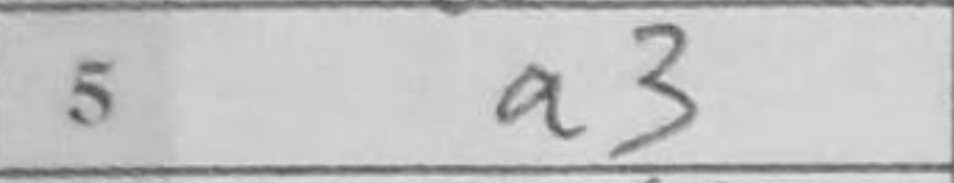
Transcription: a3